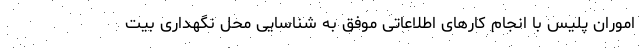
اموران پلیس با انجام کارهای اطلاعاتی موفق به شناسایی محل نگهداری بیت